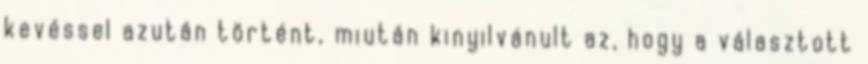
kevéssel azután történt, miután kinyilvánult az, hogy a választott